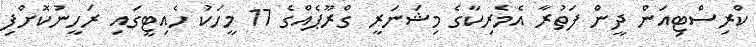
ކްރިސްޓިއަން ދީން ފަތުރާ އެމެރިކާގެ މިޝަނަރީ ގްރޫޕެއްގެ 17 މީހަކު ހެއިޓީގައި ރަހީނުކޮށްފި